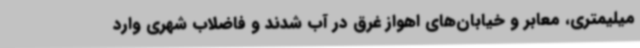
میلیمتری، معابر و خیابان‌های اهواز غرق در آب شدند و فاضلاب شهری وارد